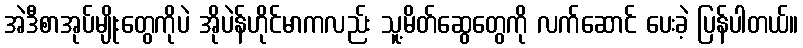
အဲဒီစာအုပ်မျိုးတွေကိုပဲ အိုပဲန်ဟိုင်မာကလည်း သူ့မိတ်ဆွေတွေကို လက်ဆောင် ပေးခဲ့ ပြန်ပါတယ်။